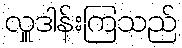
လှူဒါန်းကြသည်